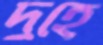
দুহে